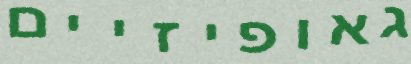
גאופיזיים